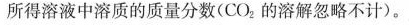
所得溶液中溶质的质量分数(CO_{2}的溶解忽略不计)。